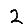
Digit: 2